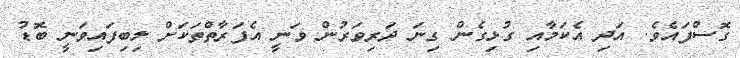
ގޮސްފައެވެ. އަދި އެކަމާއި ގުޅިގެން ގިނަ ދަރިވަރުން ވަނީ އެފަރާތްތަކަށް ލިބިފައިވަނީ ބޮޑު